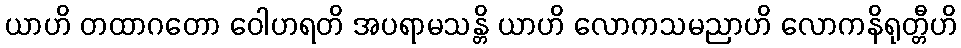
ယာဟိ တထာဂတော ဝေါဟရတိ အပရာမသန္တိ ယာဟိ လောကသမညာဟိ လောကနိရုတ္တီဟိ